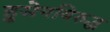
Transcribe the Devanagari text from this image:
हुसेनविरुद्ध